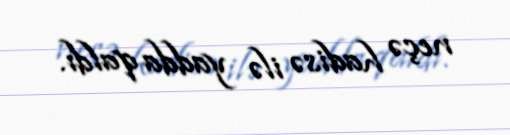
neçə hadisə ilə yadda qaldı.